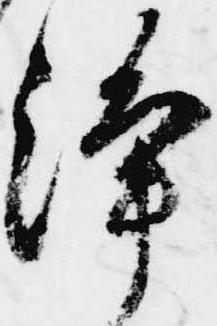
浄